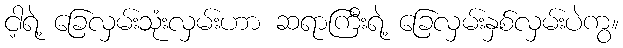
ငါ့ရဲ့ ခြေလှမ်းသုံးလှမ်းဟာ ဆရာကြီးရဲ့ ခြေလှမ်းနှစ်လှမ်းပဲကွ။